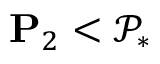
\mathbf { P } _ { 2 } < \mathcal { P } _ { * }